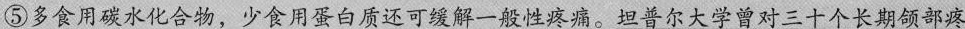
⑤多食用碳水化合物，少食用蛋白质还可缓解一般性疼痛。坦普尔大学曾对三十个长期领部疼